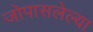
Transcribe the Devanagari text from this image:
जोपासलेल्या